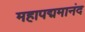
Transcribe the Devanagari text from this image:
महापद्ममानंद